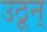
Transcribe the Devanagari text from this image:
उठून्